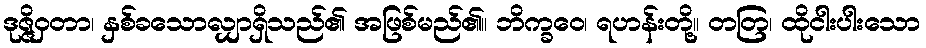
ဒုဇ္ဇိဝှတာ၊ နှစ်ခသောလျှာရှိသည်၏ အဖြစ်မည်၏။ ဘိက္ခဝေ၊ ရဟန်းတို့။ တတြ၊ ထိုငါးပါးသော